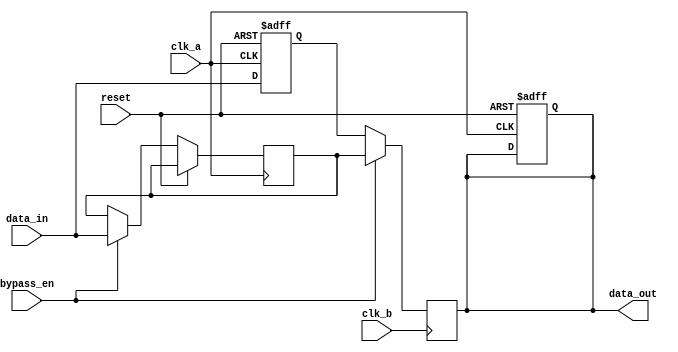
module variable_width_bypass_register (
    input wire clk_a, // Clock of domain A
    input wire clk_b, // Clock of domain B
    input wire reset, // Reset signal
    input wire bypass_en, // Enable for bypass functionality
    input wire [7:0] data_in, // Input data
    output wire [7:0] data_out // Output data
);

reg [7:0] register [0:1]; // 2-stage register for synchronization
reg [7:0] bypass_data; // Data for bypass path

always @(posedge clk_a or posedge reset) begin
    if (reset) begin
        register[0] <= 8'h00;
        register[1] <= 8'h00;
    end else begin
        register[0] <= data_in;
        if (bypass_en) begin
            bypass_data <= data_in;
        end
    end
end

always @(posedge clk_b) begin
    if (!bypass_en) begin
        register[1] <= register[0];
    end else begin
        register[1] <= bypass_data;
    end
end

assign data_out = register[1];

endmodule